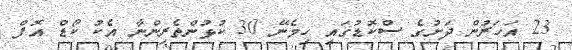
23 އަހަރުން ދަށުގެ ސްކޮޑުގައި ހިމެނޭ 30 ކުޅުންތެރިންނާ އެކު ކޯޑް އޮފް